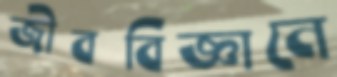
জীববিজ্ঞানে